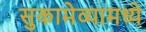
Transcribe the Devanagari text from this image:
सुकामेव्यामध्ये